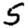
Digit: 5